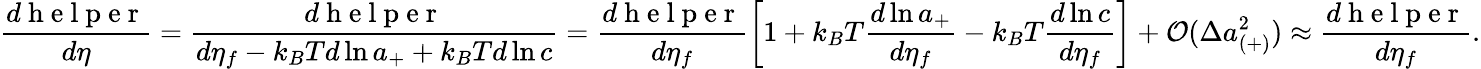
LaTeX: \frac{d\mathrm{~h~e~l~p~e~r~}}{d\eta}=\frac{d\mathrm{~h~e~l~p~e~r~}}{d\eta_{f}-k_{B}Td\ln{a_{+}}+k_{B}Td\ln{c}}=\frac{d\mathrm{~h~e~l~p~e~r~}}{d\eta_{f}}\left[1+k_{B}T\frac{d\ln{a_{+}}}{d\eta_{f}}-k_{B}T\frac{d\ln{c}}{d\eta_{f}}\right]+\mathcal{O}(\Delta a_{(+)}^{2})\approx\frac{d\mathrm{~h~e~l~p~e~r~}}{d\eta_{f}}.